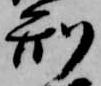
刑